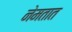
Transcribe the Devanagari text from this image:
नेमतात